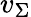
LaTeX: v_{\Sigma}